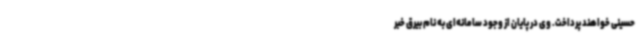
حسینی خواهند پرداخت. وی در پایان از وجود سامانه‌ای به نام بیرق خبر